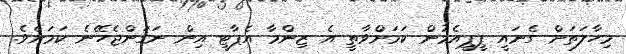
މިހާލަތަށް ގެނައީ ޕީޕީއެމުން ކަމަށްވާތީ އެ ޒިންމާ އެޕާޓީ އިން ނަގަންޖެހޭނެ ކަމަށެވެ.